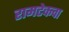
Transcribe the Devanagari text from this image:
रामटेकचा